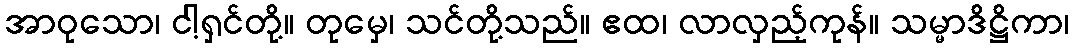
အာဝုသော၊ ငါ့ရှင်တို့။ တုမှေ၊ သင်တို့သည်။ ဧထ၊ လာလှည့်ကုန်။ သမ္မာဒိဋ္ဌိကာ၊